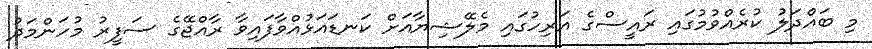
މި ބައްދަލު ކުރެއްވުމުގައި ރައީސްގެ އަރިހުގައި މެލޭޝިޔާއަށް ކަނޑައަޅުއްވާފައިވާ ރާއްޖޭގެ ސަފީރު މުހަންމަދު